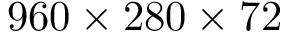
9 6 0 \times 2 8 0 \times 7 2